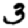
Digit: 3